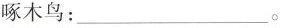
啄木鸟：___。